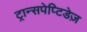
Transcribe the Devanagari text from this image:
ट्रान्सपेप्टिडेज़